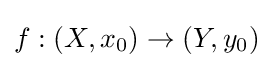
f:\left(X,x_{0}\right)\to \left(Y,y_{0}\right)